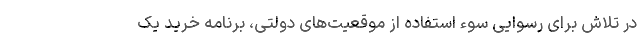
در تلاش برای رسوایی سوء استفاده از موقعیت‌های دولتی، برنامه خرید یک